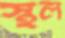
স্থল